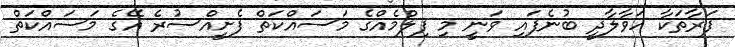
ފަރާތަކާ ހަވާލާދީ ބުނެފައި ވަނީ މި ފިލްމެއްގެ މަސައްކަތް ފެށީއްސުރެ އޭގެ މަސައްކަތް